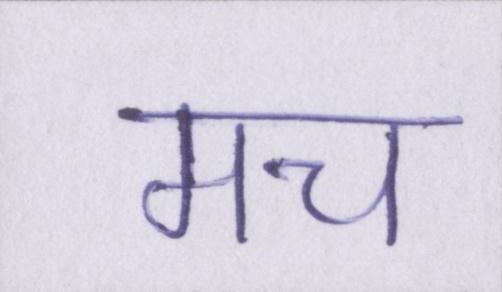
मच